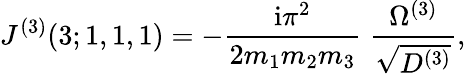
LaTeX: J^{(3)}(3;1,1,1)=-\frac{\mathrm{i}\pi^{2}}{2m_{1}m_{2}m_{3}}\; \frac{\Omega^{(3)}}{\sqrt{D^{(3)}}},